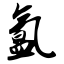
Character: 氲